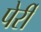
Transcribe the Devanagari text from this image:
पेर्री